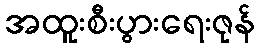
အထူးစီးပွားရေးဇုန်